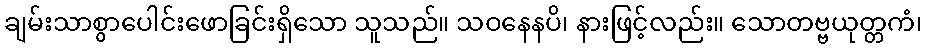
ချမ်းသာစွာပေါင်းဖောခြင်းရှိသော သူသည်။ သဝနေနပိ၊ နားဖြင့်လည်း။ သောတဗ္ဗယုတ္တကံ၊